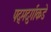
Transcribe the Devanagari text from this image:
पद्मदुर्गाकडे